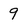
Character: 9